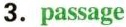
3.passage